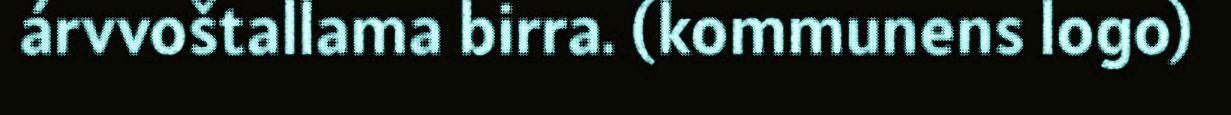
árvvoštallama birra. (kommunens logo)